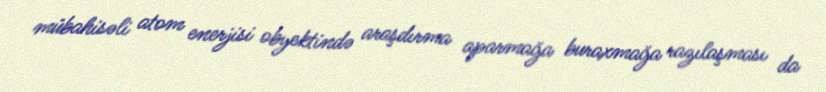
mübahisəli atom enerjisi obyektində araşdırma aparmağa buraxmağa razılaşması da